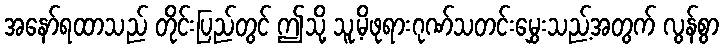
အနော်ရထာသည် တိုင်းပြည်တွင် ဤသို့ သူ့မိဖုရားဂုဏ်သတင်းမွှေးသည့်အတွက် လွန်စွာ